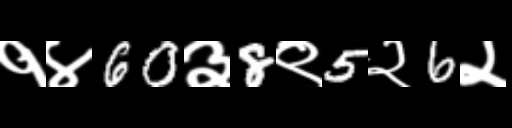
Text: १४60३8९5२6२